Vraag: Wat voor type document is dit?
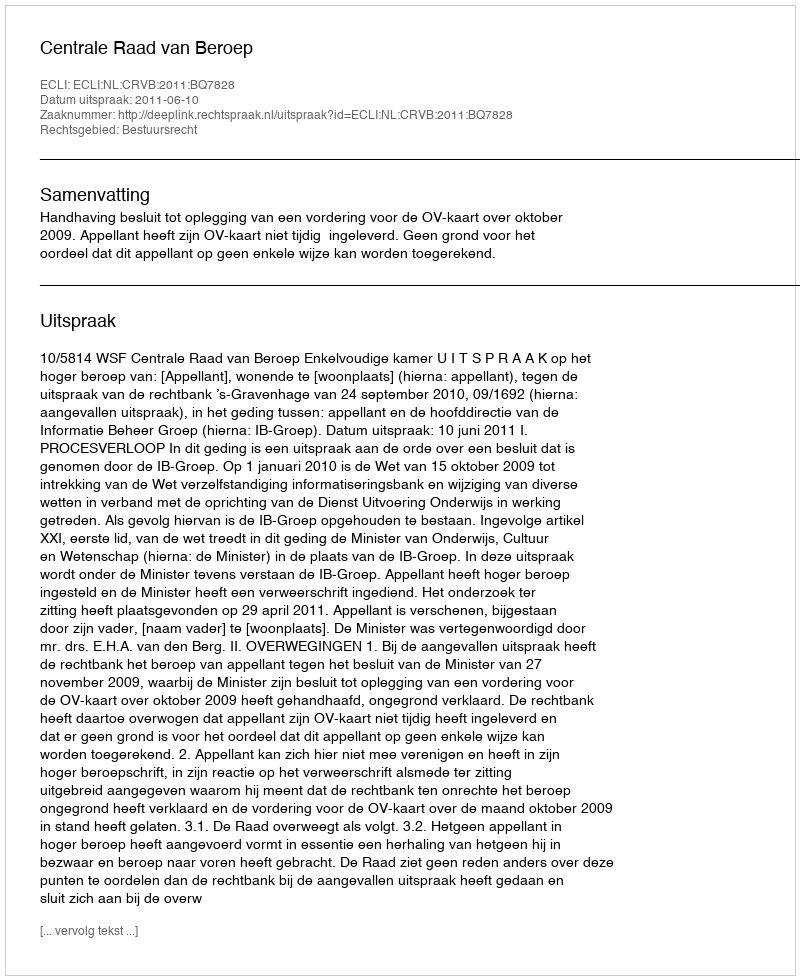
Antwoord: Uitspraak